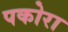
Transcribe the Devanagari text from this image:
पकोरा